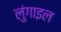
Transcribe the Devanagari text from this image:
लुंगाइल